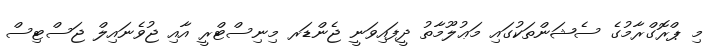
މި ޕްރޮގްރާމުގެ ސެޝަންތަކުގައި މަޢުލޫމާތު ދީފައިވަނީ ޖެންޑަރ މިނިސްޓްރީ އާއި ޖުވެނައިލް ޖަސްޓިސް